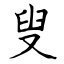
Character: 叟